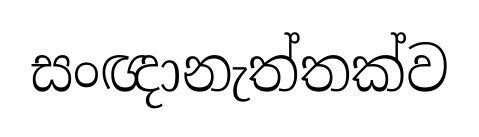
සංඥානැත්තක්ව